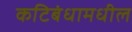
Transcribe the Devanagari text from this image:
कटिबंधामधील